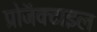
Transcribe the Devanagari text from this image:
प्रोजॅक्टाइल